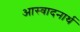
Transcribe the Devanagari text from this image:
आस्वादनार्थ